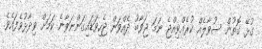
ގުޅޭ ގޮތުން ސުވާލެއް ކުރެއްވިއްޖެ ނަމަ ޖަވާބު ދެއްވަން ޖެހިވަޑައިގަންނަވާނެ ކަމަށް ވިދާޅުވެފައެވެ.